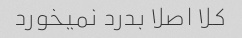
کلا اصلا بدرد نمیخورد